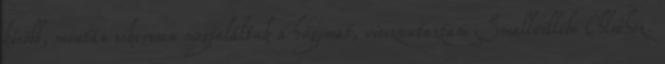
késõbb, miután sikeresen megtaláltuk a húgomat, visszautaztam Smallvillebe Chloéhoz.